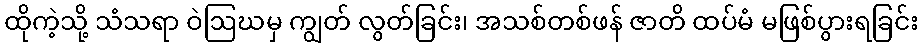
ထိုကဲ့သို့ သံသရာ ဝဲဩဃမှ ကျွတ် လွတ်ခြင်း၊ အသစ်တစ်ဖန် ဇာတိ ထပ်မံ မဖြစ်ပွားရခြင်း